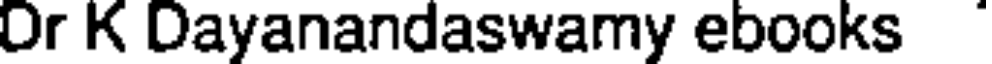
Or K Dayanandaswamy ebooks